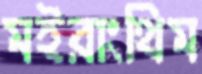
মইরাংথিম